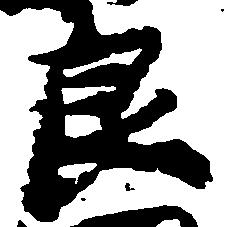
良